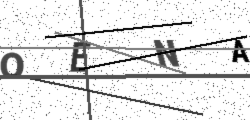
Text: OENA